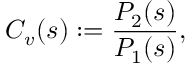
C _ { v } ( s ) : = \frac { P _ { 2 } ( s ) } { P _ { 1 } ( s ) } ,